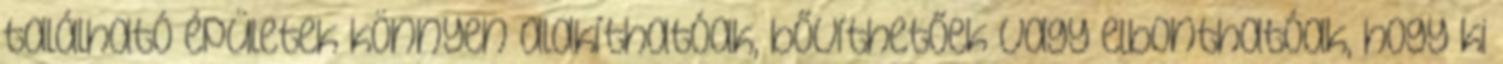
található épületek könnyen alakíthatóak, bővíthetőek vagy elbonthatóak, hogy ki